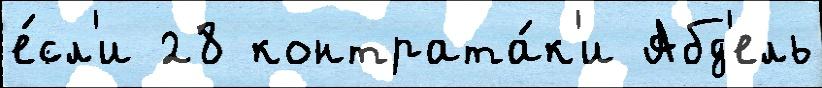
е́сл'и 28 контрата́к'и Абд'ель